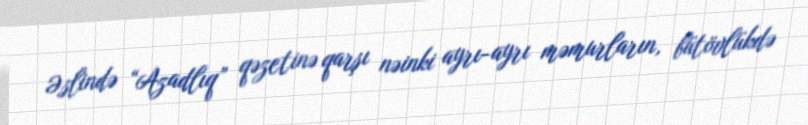
Əslində “Azadlıq” qəzetinə qarşı nəinki ayrı-ayrı məmurların, bütövlükdə